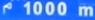
1000 m